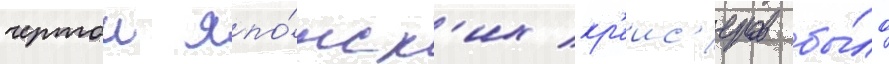
чертои япо́нск'их кр'еис'еров бы́ло